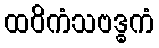
ထဝိကံသဗဒ္ဓကံ